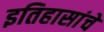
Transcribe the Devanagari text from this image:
इतिहासांचे